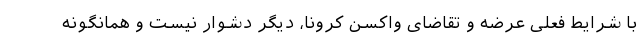
با شرایط فعلی عرضه و تقاضای واکسن کرونا، دیگر دشوار نیست و همانگونه